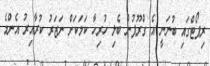
ރިޕޯޓްގައި ބުނަނީ އެ ގްރޫޕުން ބެލި ހުރިހާ ކަމަކަށް ނަޒަރު ކުރާއިރު އެންމެ